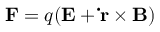
\mathbf { F } = q ( \mathbf { E } + \mathbf { \dot { r } } \times \mathbf { B } )